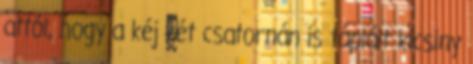
attól, hogy a kéj két csatornán is táplált kicsiny